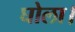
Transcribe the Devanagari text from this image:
घोला।